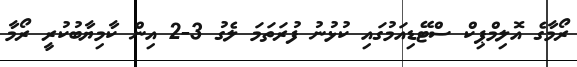
ރޯމާގެ އޮލިމްޕިކް ސްޓޭޑިއަމުގައި ކުޅުނު ފުރަތަމަ ލެގު 3-2 އިން ކާމިޔާބުކުރީ ރޯމާ